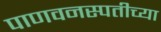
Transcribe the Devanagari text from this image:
पाणवनस्पतीच्या